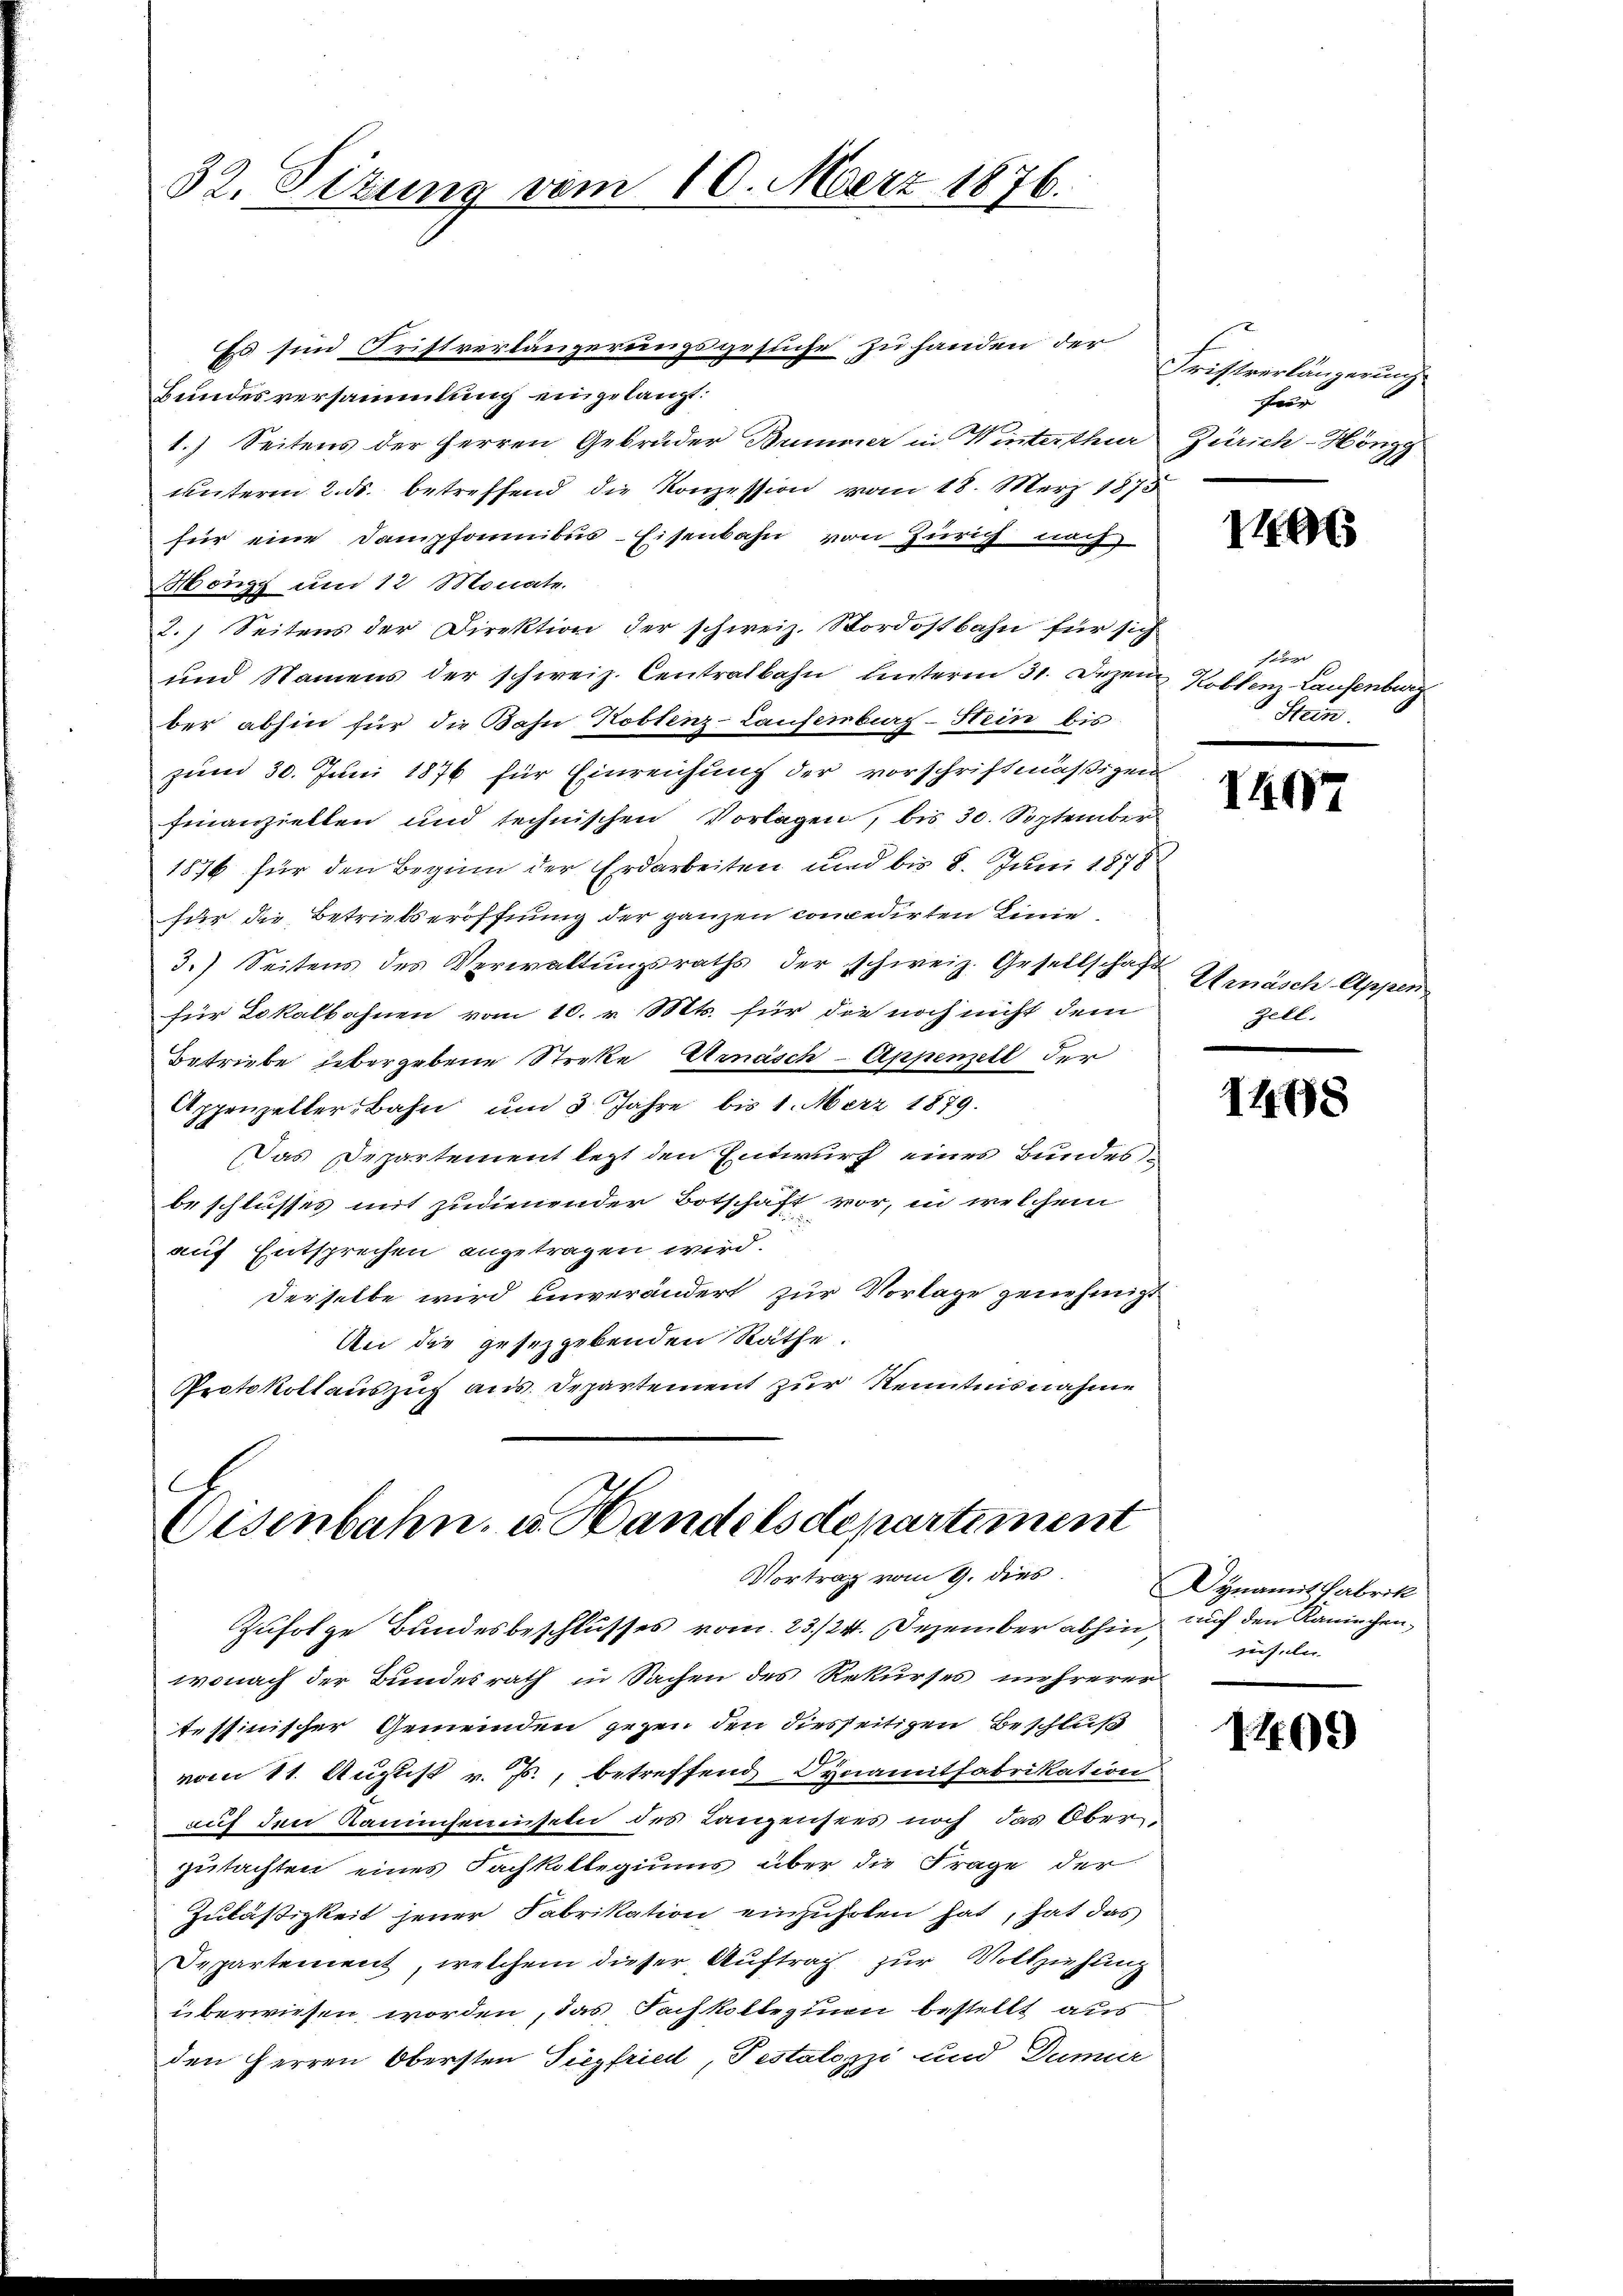
32. Sizung vom 10. März 1876.

Es sind Fristverlängerungsgesuche zu handen der
Bundesversammlung eingelangt.
1.) Seitens der Herren Gebrüder Bummer in Winterthur Zürich-Höngg
unterm 2. ds. betreffend die Konzession vom 18. März 1873
für eine Dampfannibus-Eisenbahn von Zürich nach
Höngg um 12 Monate.
2.) Seitens der Direktion der schweiz. Stordostbahn für sich
und Namens der schweiz. Centralbahn unterm 31. Dezem Koblen Laufenburg
ber abhin für die Bahn Koblenz-Laufenburg-Hein bis
zum 30. Juni 1876 für Einreichung der vorschriftmäßigen
finanziellen und technischen Vorlagen, bis 30. September
1876 für den Beginn der Erdarbeiten und bis 8. Juni 1878
für die Betriebseröffnung der ganzen concedirten Linie
3.) Seitens des Verwaltungsraths der schweiz. Gesellschaft
für Lokalbahnen vom 10. v. Mts. für die noch nicht dem
Betriebe übergebene Streke Amasch-Appenzell der
Appenzelter Bahn um 3 Jahre bis 1. März 1879.
Das Departement lezt den Entwurf eines Bundes-
beschlusses mit zudienender Botschaft vor, in welchem
auf Entsprechen angetragen wird.
derselbe wird unverändert zur Vorlage genehmigt
An die gesezgebenden Räthe.
Protokollauszug aus. Departement zur Kenntnisnahme

.
Eisenbahn, u. Handelsdepartement
Vortrag vom 9. dies

Zufolge Bundesbeschlusses vom 23./24. Dezember abhin auf den Kaninchenwonach der Bundesrath in Sachen des Rekurses mehrerer
tessinischer Gemeinden gegen den diesseitigen Beschluß
vom 11. August v. Js., betreffend Dynamitfabrikation
auf den Raumsenenseln des Lanzensees noch das Ober
gutachten eines Fachkollegiums über die Frage der
Zulästigkeit jener Fabrikation einzuholen hat, hat das
Departement, welchem dieser Auftrag zur Vollziehung
überwiesen worden, das Fachkollegium bestellt aus
den Herren Obersten Siegfried, Pestalozzi und Dumur

Fristverlängerung
Fa

1

Faber
 Stein.

TAG

Arnäsch Appen
Zell.

1498

Dynamit Fabrik
riefeln

1409